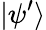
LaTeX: \vert\psi^{\prime}\rangle